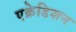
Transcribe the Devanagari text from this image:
एक्रेडिशन